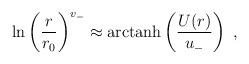
LaTeX: \begin{align*}{\rm ln}\left({r\over r_0}\right)^{v_-}\approx {\rm arctanh}\left({U(r)\over u_-}\right)~,\end{align*}